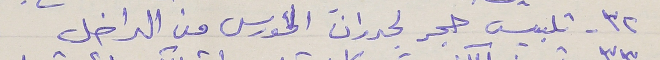
٣٢- تلبيس حجر لجدران الكورس من الداخل